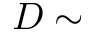
D \sim